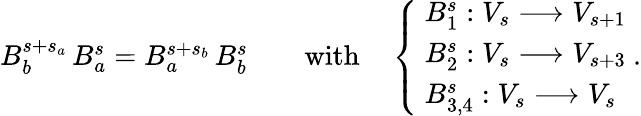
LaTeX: \begin{array}{r}{B_{b}^{s+s_{a}}\, B_{a}^{s}=B_{a}^{s+s_{b}}\, B_{b}^{s}\qquad\mathrm{with}\quad\left\{ \begin{array}{ll}{\ B_{1}^{s}:V_{s}\longrightarrow V_{s+1}}\\ {\ B_{2}^{s}:V_{s}\longrightarrow V_{s+3}}\\ {\ B_{3,4}^{s}:V_{s}\longrightarrow V_{s}}\end{array}\right.\ .}\end{array}